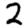
Digit: 2